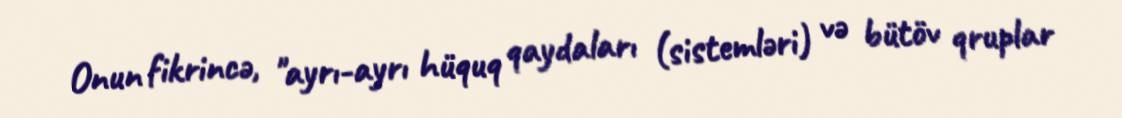
Onun fikrincə, "ayrı-ayrı hüquq qaydaları (sistemləri) və bütöv qruplar